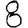
Digit: 8